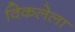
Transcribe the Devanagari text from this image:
विकलेला